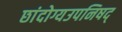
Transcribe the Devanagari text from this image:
छांदोग्यउपनिषद्